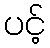
ပင့်